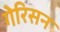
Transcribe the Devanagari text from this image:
गेरिसन